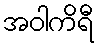
အဝါကိရီ